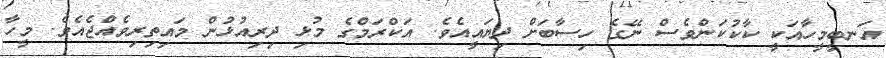
އަނބީމީހާއަކީ ކާކުކަންވެސް ނޭގެ ހިސާބަށް ދިޔައީއެވެ. އަކްރަމްގެ މުޅި ދިރިއުޅުން މައިތިރިވެއްޖެއެވެ. މީހާ